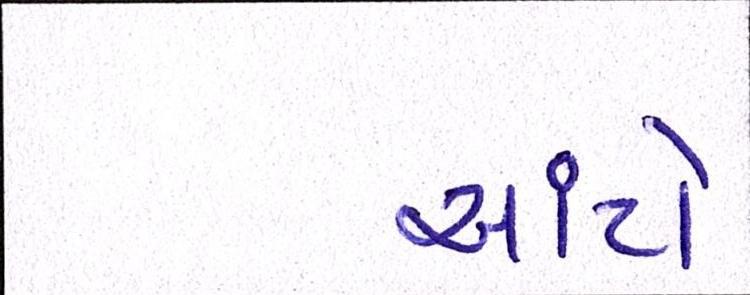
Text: આંટો